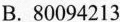
3.下面的数中，两个”0”都读出来的是 ( )。